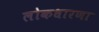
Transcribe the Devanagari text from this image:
लोकधारणा